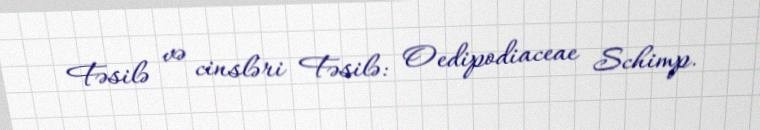
Fəsilə və cinsləri Fəsilə: Oedipodiaceae Schimp.